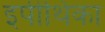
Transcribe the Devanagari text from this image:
इपीथिका